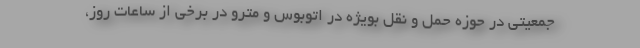
جمعیتی در حوزه حمل و نقل بویژه در اتوبوس و مترو در برخی از ساعات روز،